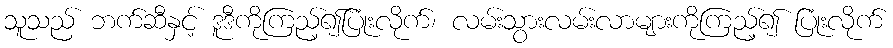
သူသည် ဘက်ဆီနှင့် ဒူဒီကိုကြည့်၍ပြုံးလိုက်၊ လမ်းသွားလမ်းလာများကိုကြည့်၍ ပြုံးလိုက်